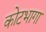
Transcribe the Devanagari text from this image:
कोटभागा